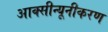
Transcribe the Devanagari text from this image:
आक्सीन्यूनीकरण